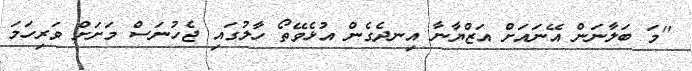
''މަ ބަލާނަން އޭނައަށް އަޒްޔާނާ އިނދެގެން އުޅެވޭތޯ ހާލުގައި ޖެހުނަސް މަށަށް ވަރިހަމަ